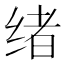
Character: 绪